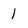
Character: 1